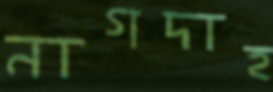
নাগদাহ